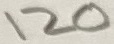
Text: 120